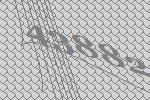
43882